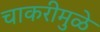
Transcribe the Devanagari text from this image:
चाकरीमुळे